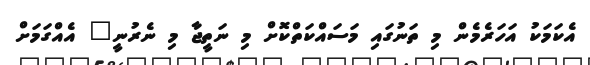
އެކަމަކު އަހަރެމެން މި ތަނުގައި މަސައްކަތްކޮށް މި ނަތީޖާ މި ނެރުނީ" އެއްގަމަށް